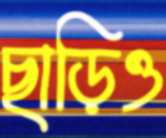
ছাড়িও